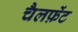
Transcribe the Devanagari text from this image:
चैलफ़ेंट